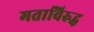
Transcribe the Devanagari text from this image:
मताविरुद्ध